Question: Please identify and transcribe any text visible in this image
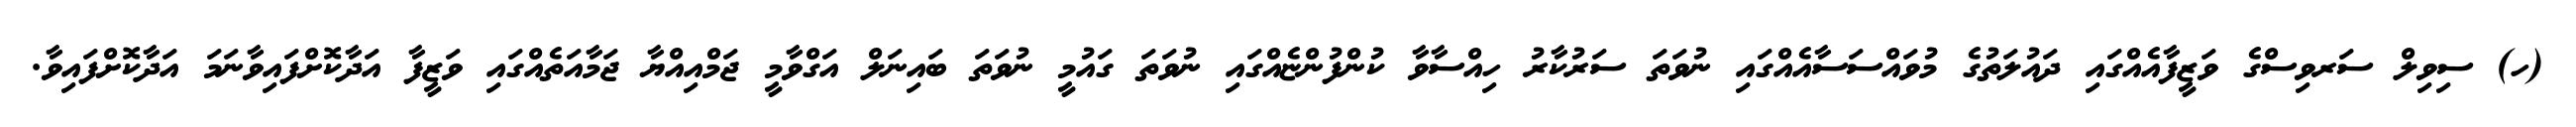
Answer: (ހ) ސިވިލް ސަރވިސްގެ ވަޒީފާއެއްގައި ދައުލަތުގެ މުވައްސަސާއެއްގައި ނުވަތަ ސަރުކާރު ހިއްސާވާ ކުންފުންޏެއްގައި ނުވަތަ ގައުމީ ނުވަތަ ބައިނަލް އަގްވާމީ ޖަމްއިއްޔާ ޖަމާއަތެއްގައި ވަޒީފާ އަދާކޮށްފައިވާނަމަ އަދާކޮށްފައިވާ.